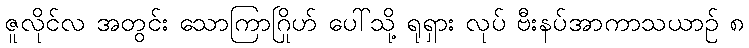
ဇူလိုင်လ အတွင်း သောကြာဂြိုဟ် ပေါ်သို့ ရုရှား လုပ် ဗီးနပ်အာကာသယာဉ် ၈